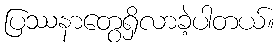
ပြဿနာတွေရှိလာခဲ့ပါတယ်။